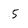
Character: 5